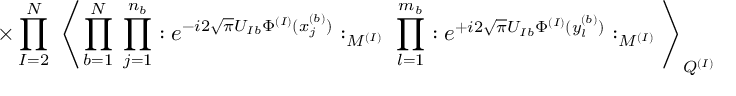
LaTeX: \times \prod _ { I = 2 } ^ { N } \; \Bigg \langle \prod _ { b = 1 } ^ { N } \; \prod _ { j = 1 } ^ { n _ { b } } : e ^ { - i 2 \sqrt { \pi } U _ { I b } \Phi ^ { ( I ) } ( x _ { j } ^ { ( b ) } ) } : _ { M ^ { ( I ) } } \; \prod _ { l = 1 } ^ { m _ { b } } : e ^ { + i 2 \sqrt { \pi } U _ { I b } \Phi ^ { ( I ) } ( y _ { l } ^ { ( b ) } ) } : _ { M ^ { ( I ) } } \Bigg \rangle _ { Q ^ { ( I ) } }